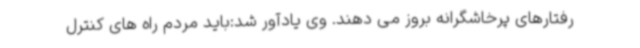
رفتارهای پرخاشگرانه بروز می دهند. وی یادآور شد:باید مردم راه های کنترل